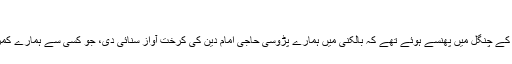
"
ابھی ہم موجودہ تیمارداروں کے چنگل میں پھنسے ہوئے تھے کہ بالکنی میں ہمارے پڑوسی حاجی امام دین کی کرخت آواز سنائی دی، جو کسی سے ہمارے کمرہ کا نمبر پوچھ رہے تھے۔